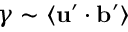
\gamma \sim \langle \mathbf { u } ^ { \prime } \cdot \mathbf { b } ^ { \prime } \rangle